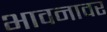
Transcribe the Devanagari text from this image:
भावनावर